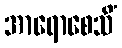
အာရောစေသိံ